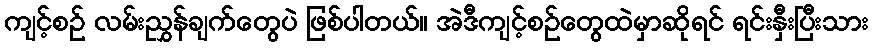
ကျင့်စဉ် လမ်းညွှန်ချက်တွေပဲ ဖြစ်ပါတယ်။ အဲဒီကျင့်စဉ်တွေထဲမှာဆိုရင် ရင်းနှီးပြီးသား